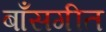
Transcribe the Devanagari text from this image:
बाँसगीत